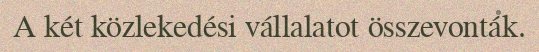
A két közlekedési vállalatot összevonták.